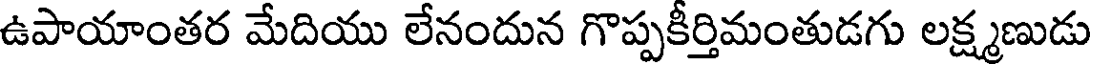
ఉపాయాంతర మేదియు లేనందున గొప్పకీర్తిమంతుడగు లక్ష్మణుడు